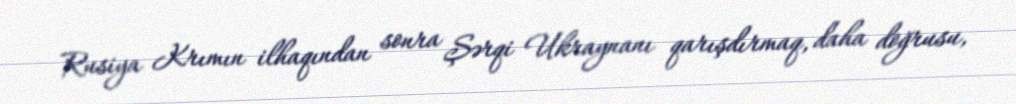
Rusiya Krımın ilhaqından sonra Şərqi Ukraynanı qarışdırmaq, daha doğrusu,